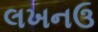
લખનઉ